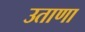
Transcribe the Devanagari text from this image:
उताणा